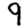
Digit: 9